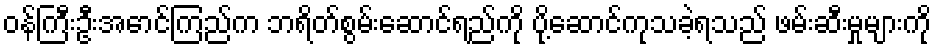
ဝန်ကြီးဦးအောင်ကြည်က ဘရိတ်စွမ်းဆောင်ရည်ကို ပို့ဆောင်ကုသခဲ့ရသည် ဖမ်းဆီးမှုများကို